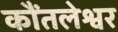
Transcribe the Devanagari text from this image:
कौंतलेश्वर